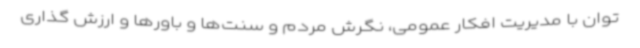
توان با مدیریت افکار عمومی، نگرش مردم و سنت‌ها و باورها و ارزش گذاری